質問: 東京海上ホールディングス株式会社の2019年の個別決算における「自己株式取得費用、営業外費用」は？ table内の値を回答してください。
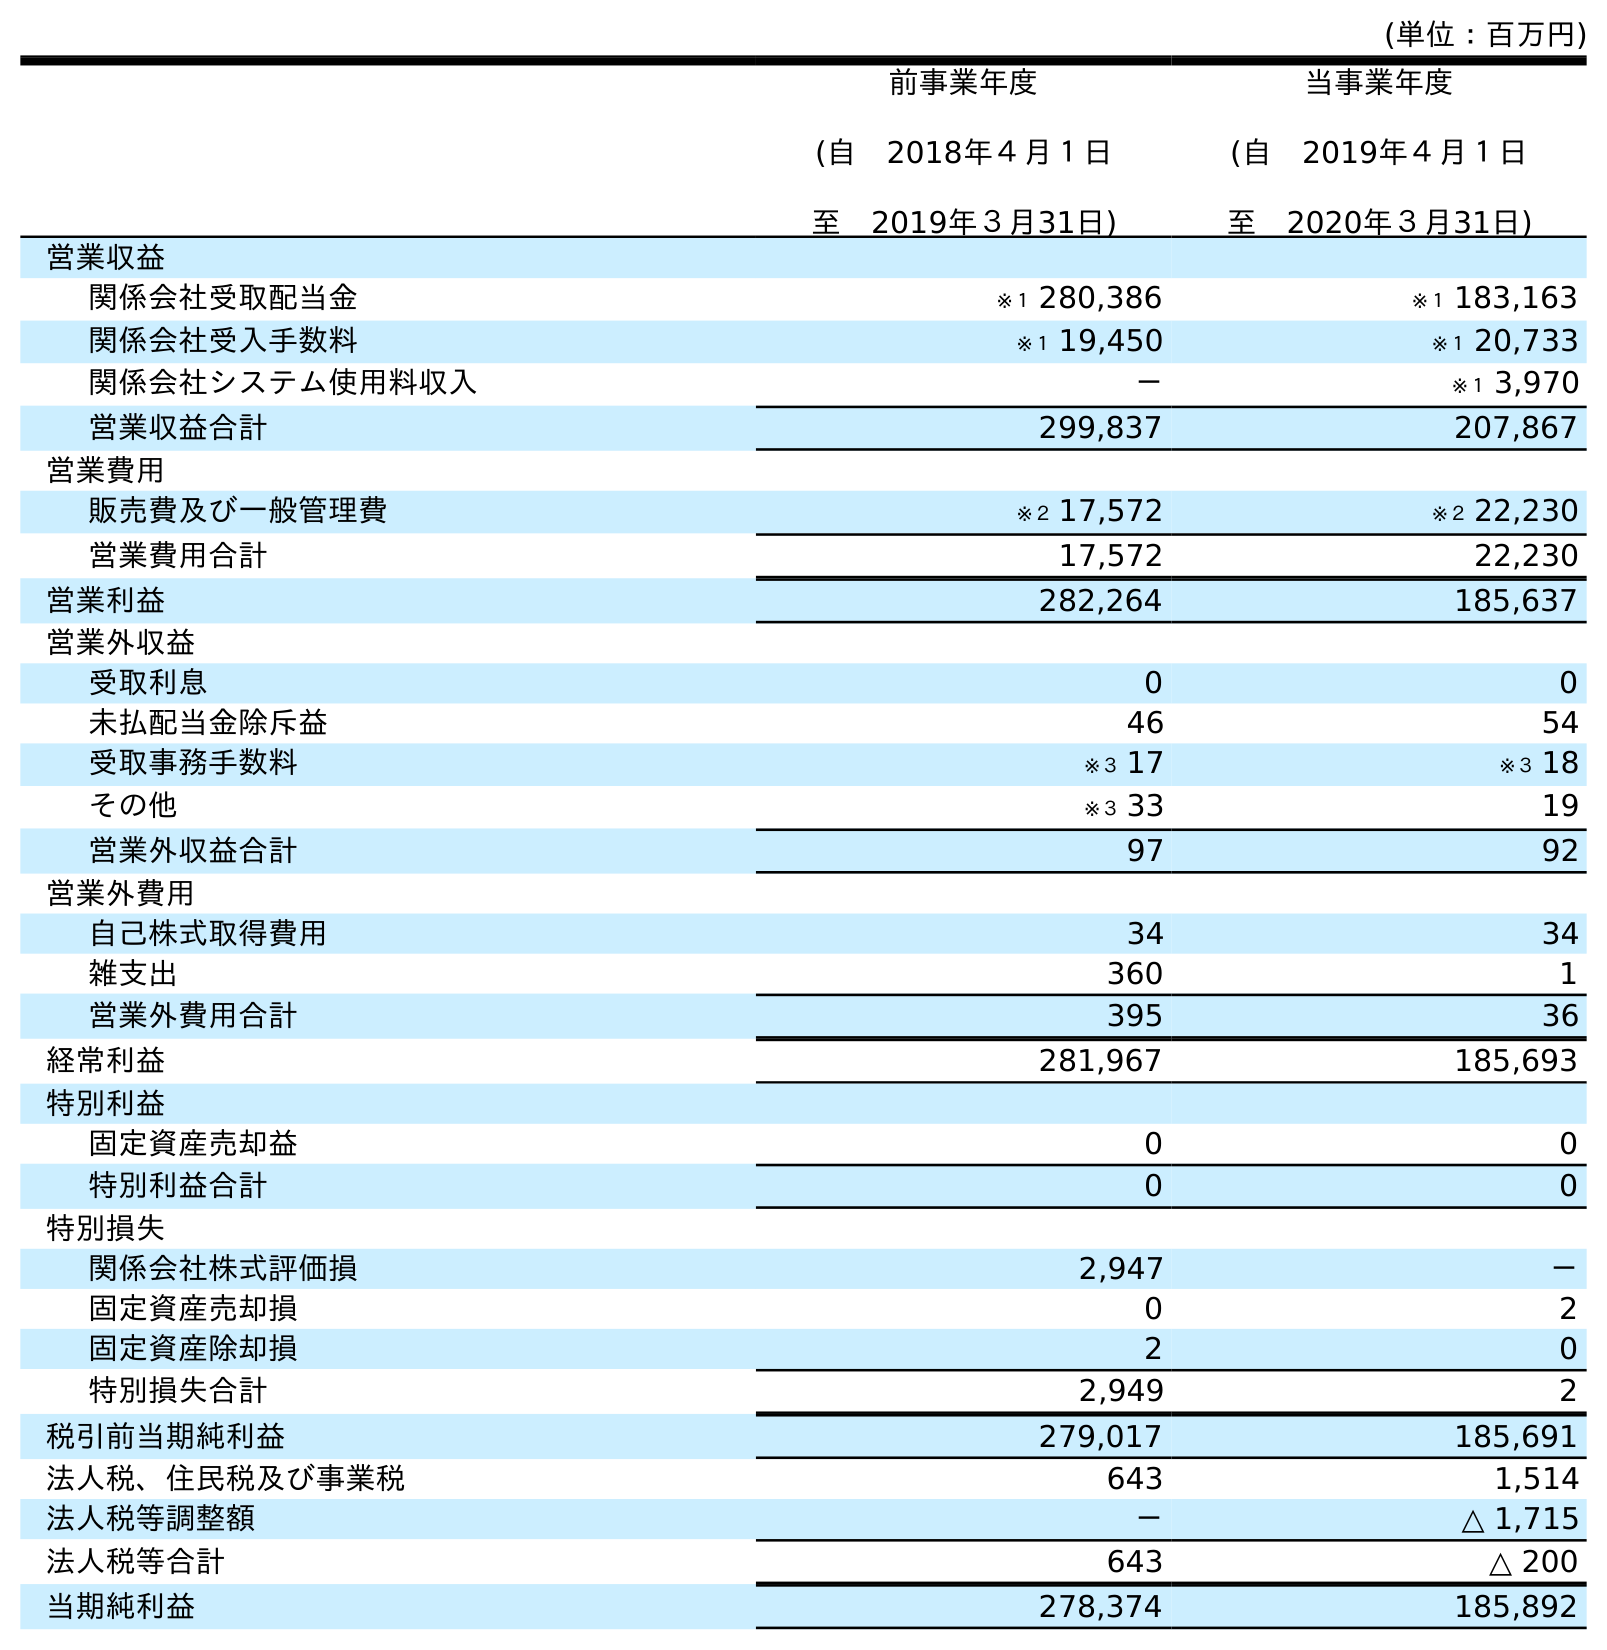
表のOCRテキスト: (単位：百万円) 前事業年度 (自 2018年４月１日 至 2019年３月31日) 当事業年度 (自 2019年４月１日 至 2020年３月31日) 営業収益 関係会社受取配当金 ※１ 280,386 ※１ 183,163 関係会社受入手数料 ※１ 19,450 ※１ 20,733 関係会社システム使用料収入 － ※１ 3,970 営業収益合計 299,837 207,867 営業費用 販売費及び一般管理費 ※２ 17,572 ※２ 22,230 営業費用合計 17,572 22,230 営業利益 282,264 185,637 営業外収益 受取利息 0 0 未払配当金除斥益 46 54 受取事務手数料 ※３ 17 ※３ 18 その他 ※３ 33 19 営業外収益合計 97 92 営業外費用 自己株式取得費用 34 34 雑支出 360 1 営業外費用合計 395 36 経常利益 281,967 185,693 特別利益 固定資産売却益 0 0 特別利益合計 0 0 特別損失 関係会社株式評価損 2,947 － 固定資産売却損 0 2 固定資産除却損 2 0 特別損失合計 2,949 2 税引前当期純利益 279,017 185,691 法人税、住民税及び事業税 643 1,514 法人税等調整額 － △ 1,715 法人税等合計 643 △ 200 当期純利益 278,374 185,892
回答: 34